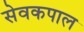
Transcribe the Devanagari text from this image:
सेवकपाल